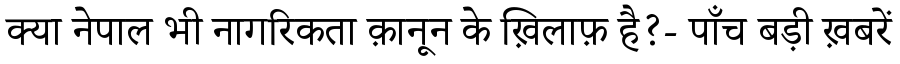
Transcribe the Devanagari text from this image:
क्या नेपाल भी नागरिकता क़ानून के ख़िलाफ़ है?- पाँच बड़ी ख़बरें